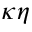
\kappa \eta